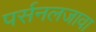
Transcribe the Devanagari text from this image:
पर्सनलजावा